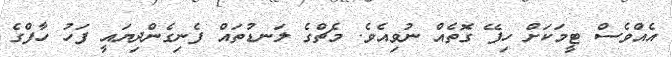
އެއްވެސް ޓީމަކަށް ހިފޭ ގޮތެއް ނުވިއެވެ. މެޗްގެ ލަނޑުތައް ފެނިގެންދިޔައީ ފަހު ހާފްގެ